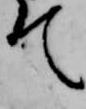
て